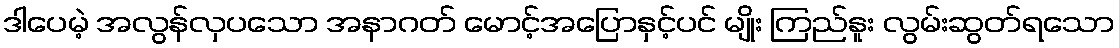
ဒါပေမဲ့ အလွန်လှပသော အနာဂတ် မောင့်အပြောနှင့်ပင် မျိုး ကြည်နူး လွမ်းဆွတ်ရသော